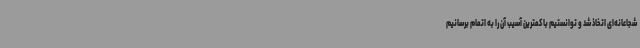
شجاعانه‌ای اتخاذ شد و توانستیم با کمترین آسیب آن را به اتمام برسانیم